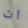
ان